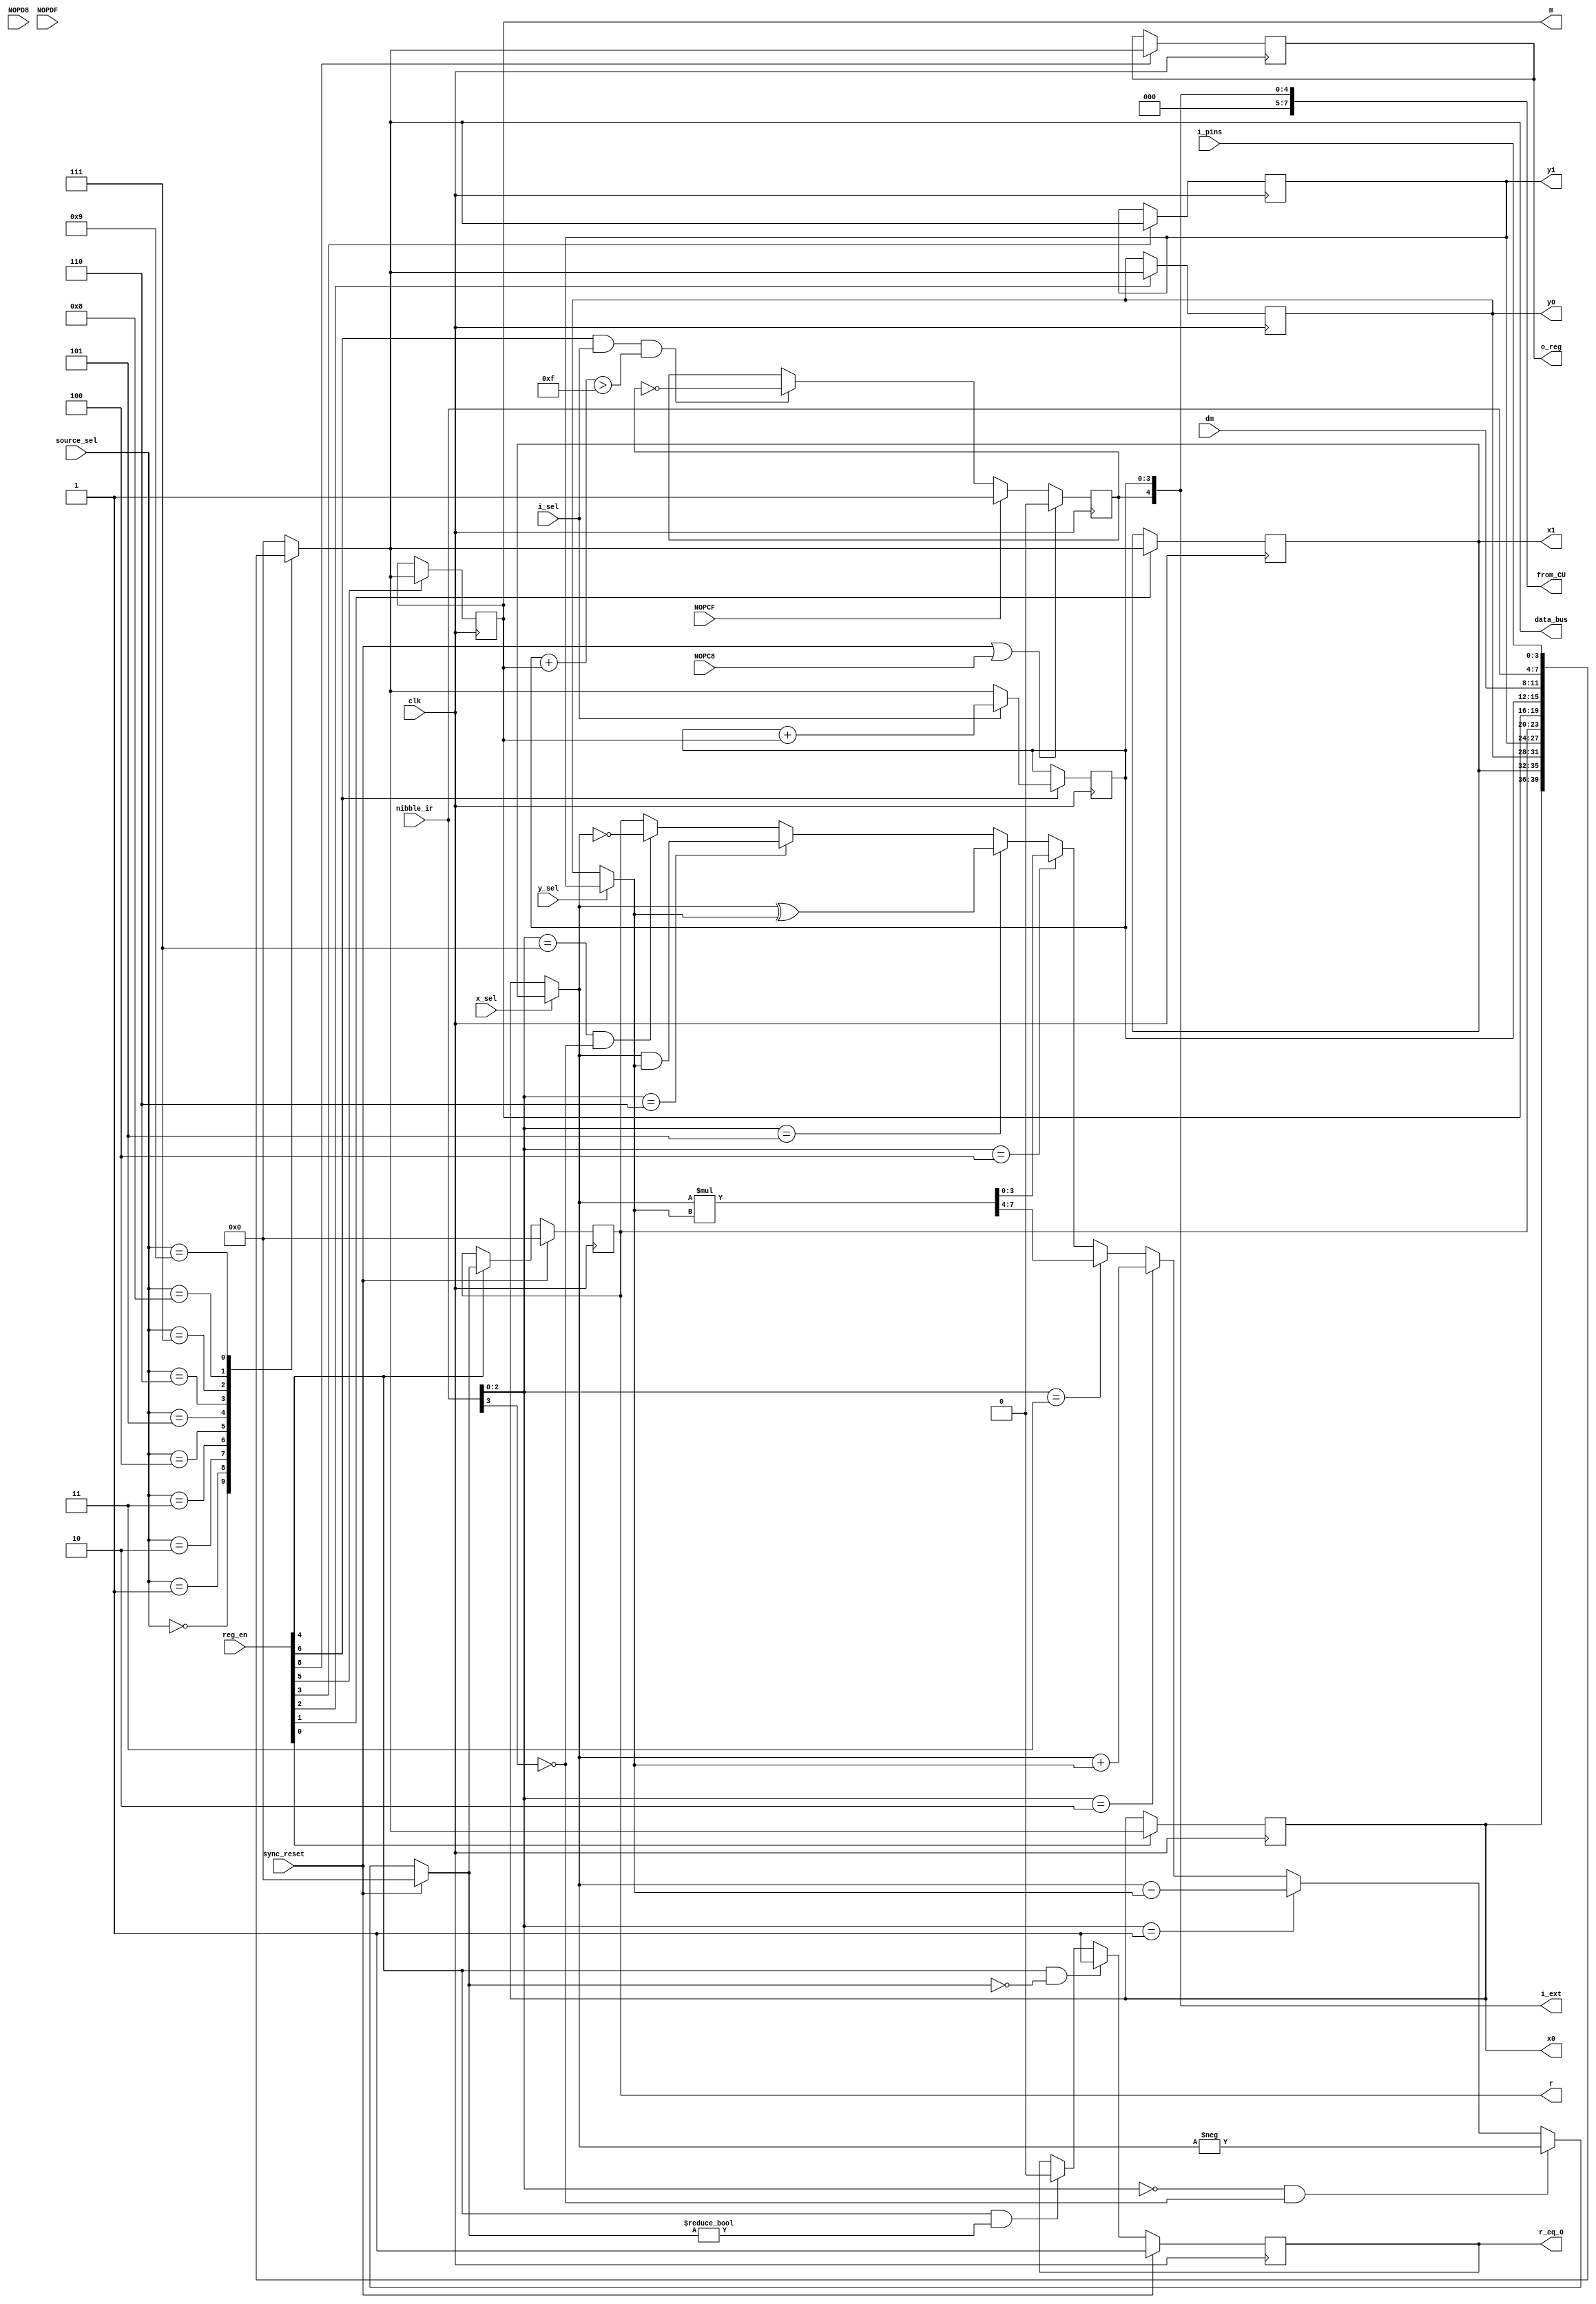
module computational_unit (
	input clk, sync_reset,
	input NOPC8, NOPCF, NOPD8, NOPDF,		// inputs; will probably need in exam
	input [3:0] source_sel, nibble_ir, i_pins, dm,
	input i_sel, y_sel, x_sel, 
	input [8:0] reg_en,
	output reg [3:0] o_reg, // i,  -> i_ext is output now
	output reg [4:0] i_ext, // replaces i
	output reg [3:0] data_bus,
//	output reg [3:0] x0, x1, y0, y1, m, r, alu_out // set as outputs for testbench
	output reg [7:0] from_CU,					// for final exam scrambler
	output reg [3:0] x0, x1, y0, y1, m, r, // for final exam scrambler
	output reg r_eq_0 							// for final exam scrambler (zero_flag)
	);


always @ *
//from_CU = 8'h0;		// during exam
from_CU = {3'h0, i_ext};

//// 4-bit pm_data
reg [3:0] pm_data;

always @ *
pm_data = nibble_ir;


//reg [4:0] i_ext;
reg [3:0] i; // since not defined as output anymore
reg i4;

always @ *
i_ext = {i4, i};

reg [4:0] i_2, m_2;
always @ *
i_2 = {1'b0, i};
always @ *
m_2 = {1'b0, m};

//// 4-bit data registers
//reg [3:0] x0, x1, y0, y1, m;  // also i, o_reg (outputs) and dm (input)
// ^ comment out when setting as outputs for testbench or final exam scrambler during exam

// x0
always @ (posedge clk)
if (reg_en[0] == 1'b1)
	x0 = data_bus;
else
	x0 = x0;

// x1
always @ (posedge clk)
if (reg_en[1] == 1'b1)
	x1 = data_bus;
else
	x1 = x1;

// y0
always @ (posedge clk)
if (reg_en[2] == 1'b1)
	y0 = data_bus;
else
	y0 = y0;

// y1
always @ (posedge clk)
if (reg_en[3] == 1'b1)
	y1 = data_bus;
else
	y1 = y1;

// m
always @ (posedge clk)
if (reg_en[5] == 1'b1)
	m = data_bus;
else
	m = m;
	
// i
always @ (posedge clk)
if (reg_en[6] == 1'b1)
	if (i_sel == 1'b0) i = data_bus;
	else i = i + m;
else
	i = i;

// i4
always @ (posedge clk)
if ( (sync_reset == 1'b1) || (NOPC8 == 1'b1) )
	i4 = 1'b0;
else if (NOPCF == 1'b1)
	i4 = 1'b1;
else if ( (reg_en[6] == 1'b1) && (i_sel == 1'b1) && ((i_2 + m_2) > 5'h0F ) )
//	i4 = 1'b1;
	i4 = ~i4;
else
	i4 = i4;
	
// o_reg
always @ (posedge clk)
if (reg_en[8] == 1'b1)
	o_reg = data_bus;
else
	o_reg = o_reg;


//// 4-bit data_bus output
always @ *
case(source_sel)
	4'd00: data_bus = x0;		// data reg
	4'b01: data_bus = x1;		// data reg
	4'd02: data_bus = y0;		// data reg
	4'd03: data_bus = y1;		// data reg
	4'd04: data_bus = r;			// result reg
	4'd05: data_bus = m;			// data reg
	4'd06: data_bus = i;			// data reg
	4'd07: data_bus = dm;		// input
	4'd08: data_bus = pm_data;	// input, from nibble_ir
	4'd09: data_bus = i_pins;	// input
	default: data_bus = 4'h0;	// source_sel 10 & above is empty
endcase




//// ALU Circuit

// ALU instruction
reg [2:0] alu_func;

always @ *
alu_func = nibble_ir[2:0];


// ALU inputs (x, y)
reg [3:0] x, y;

// x
always @ *
if (x_sel == 1'b0) x = x0;
else x = x1;

// y
always @ *
if (y_sel == 1'b0) y = y0;
else y = y1;


// ALU logic

// x*y multiplication
reg [7:0] x_mult_y;  // largest val is 15*15=225 (8 bits required)

always @ *
x_mult_y = x * y;

//alu_out
reg [3:0] alu_out;  // comment out to set as output for testbench

always @ *
if (sync_reset == 1'b1)
	alu_out = 4'h0;				// reset, clear the alu result
else if ( (alu_func == 3'h0) && (nibble_ir[3] == 1'b0) )
	alu_out = -x;					// 2's compliment of x (set zero_flag if x == 0)
else if (alu_func == 3'h1)
	alu_out = x - y;				// r = x - y
else if (alu_func == 3'h2)
	alu_out = x + y;				// r = x + y
else if (alu_func == 3'h3)
	alu_out = x_mult_y[7:4];	// r = (MS Nibble of) x * y
else if (alu_func == 3'h4)
	alu_out = x_mult_y[3:0];	// r = (LS Nibble of) x * y
else if (alu_func == 3'h5)
	alu_out = x^y;					// r = x ^ y
else if (alu_func == 3'h6)
	alu_out = x&y;					// r = x & y
else if ( (alu_func == 3'h7) && (nibble_ir[3] == 1'b0) )
	alu_out = ~x;					// 1's compliment of x (set zero_flag if x == 4'hF)

	// no-operation instructions
else if ( (alu_func == 3'h0) && (nibble_ir[3] == 1'b1) )
	alu_out = r;		// no operation (also no-op on zero_flag)
else if ( (alu_func == 3'h7) && (nibble_ir[3] == 1'b1) )
	alu_out = r;		// no operation (also no-op on zero_flag)
else
	alu_out = r;


// ALU result registers
//reg [3:0] r;  // commented to set r as output for testbench/final exam

// r
always @ (posedge clk)
if (sync_reset == 1'b1)
	r = 4'd0;
else if (reg_en[4] == 1'b1)
	r = alu_out;
else
	r = r;

// r_eq_0 (zero_flag), output
always @ (posedge clk)
if (sync_reset == 1'b1)
	r_eq_0 = 1'b1;
else if ((reg_en[4] == 1'b1) && (alu_out == 4'd0))
	r_eq_0 = 1'b1;
else if ((reg_en[4] == 1'b1) && (alu_out != 4'd0))
	r_eq_0 = 1'b0;
else
	r_eq_0 = r_eq_0;


endmodule